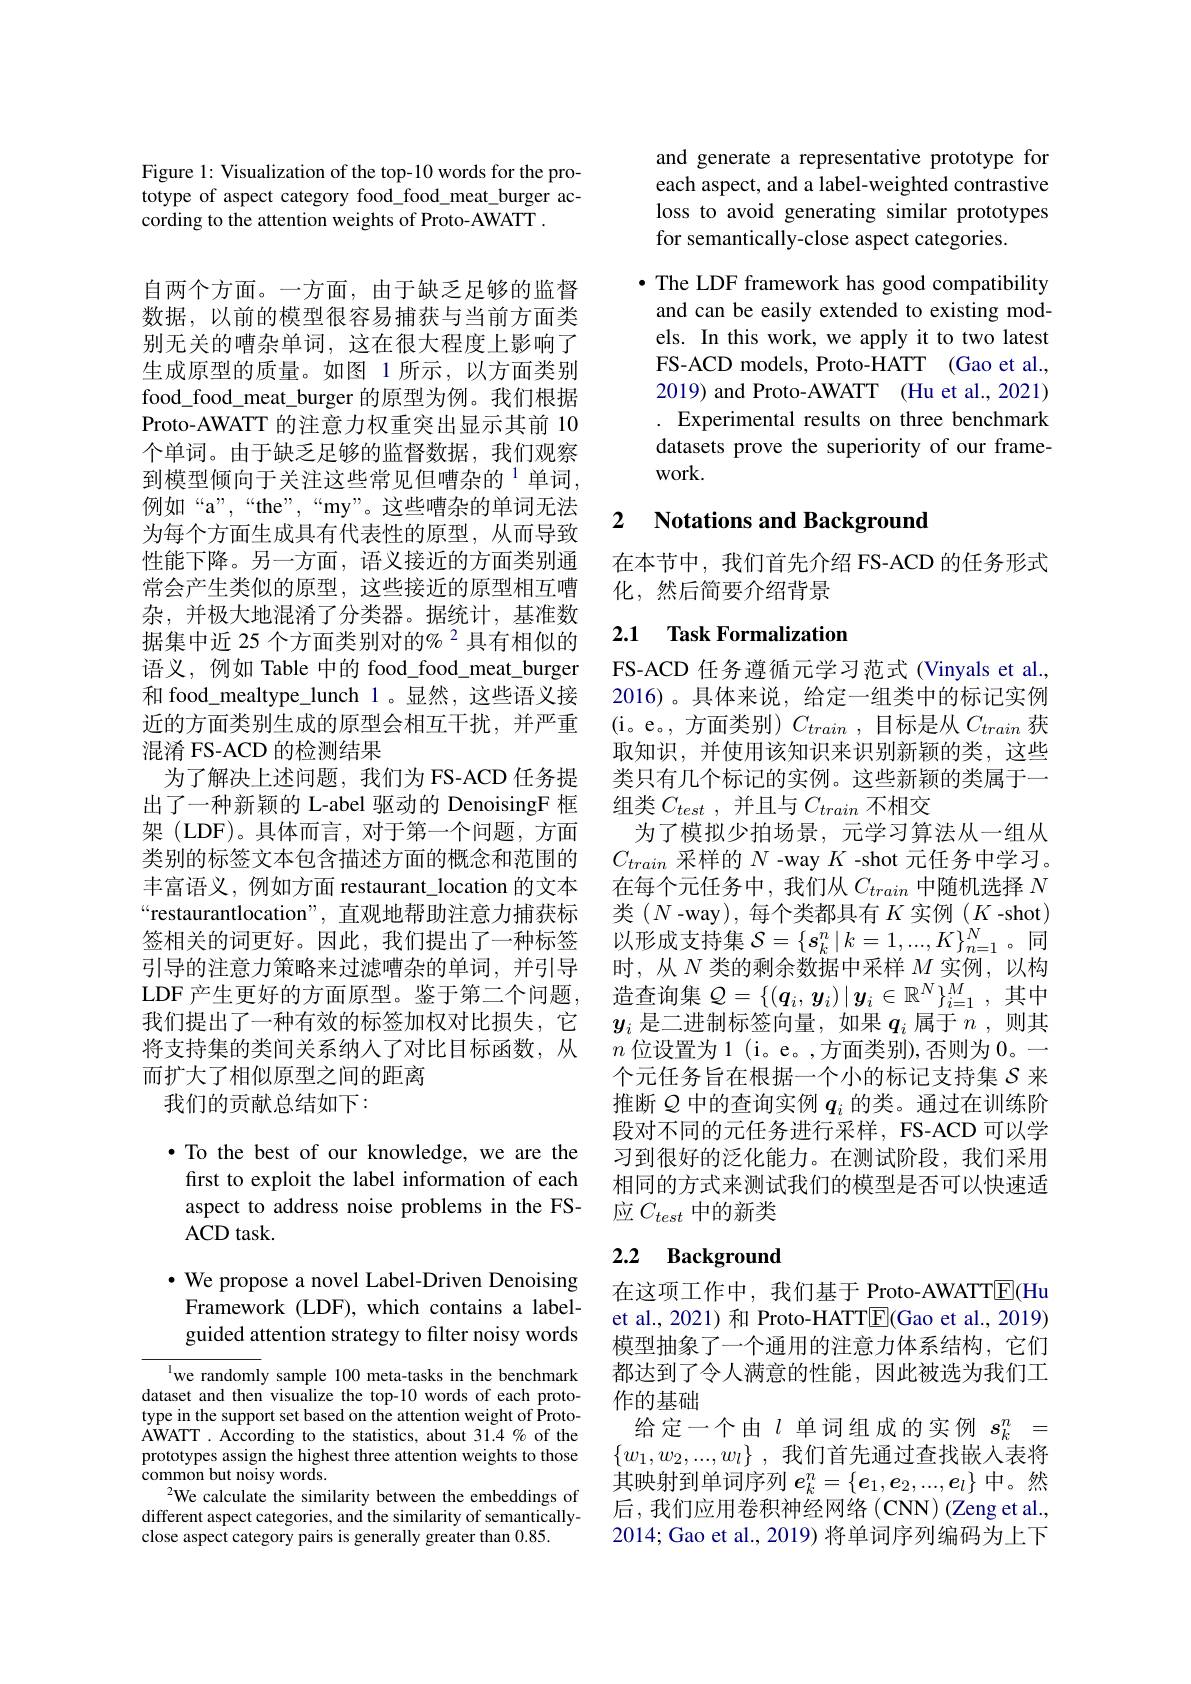
Figure 1: Visualization of the top-10 words for the prototype of aspect category food\_food\_meat\_burger according to the attention weights of Proto-AWATT .

自两个方面。一方面，由于缺乏足够的监督数据，以前的模型很容易捕获与当前方面类别无关的嘈杂单词，这在很大程度上影响了生成原型的质量。如图 1 所示，以方面类别food\_food\_meat\_burger 的原型为例。我们根据Proto-AWATT 的注意力权重突出显示其前 10个单词。由于缺乏足够的监督数据，我们观察到模型倾向于关注这些常见但嘈杂的$^{1}$单词， 例如“a”,“the”,“my”。这些嘈杂的单词无法为每个方面生成具有代表性的原型，从而导致性能下降。另一方面，语义接近的方面类别通常会产生类似的原型，这些接近的原型相互嘈杂，并极大地混淆了分类器。据统计，基准数据集中近 25 个方面类别对的% 2 具有相似的语义，例如 Table 中的 food\_food\_meat\_burger 和 food\_mealtype\_lunch\_1。显然，这些语义接近的方面类别生成的原型会相互干扰，并严重混淆 FS-ACD 的检测结果
为了解决上述问题，我们为 FS-ACD 任务提出了一种新颖的 L-abel 驱动的 DenoisingF 框架 (LDF)。具体而言，对于第一个问题，方面类别的标签文本包含描述方面的概念和范围的丰富语义，例如方面 restaurant\_location 的文本“restaurantlocation”, 直观地帮助注意力捕获标签相关的词更好。因此，我们提出了一种标签引导的注意力策略来过滤嘈杂的单词，并引导LDF 产生更好的方面原型。鉴于第二个问题， 我们提出了一种有效的标签加权对比损失，它将支持集的类间关系纳人了对比目标函数，从而扩大了相似原型之间的距离
我们的贡献总结如下：

$\bullet$ To the best of our knowledge, we are the first to exploit the label information of each aspect to address noise problems in the FSACD task.

· We propose a novel Label-Driven Denoising
Framework (LDF), which contains a labelguided attention strategy to filter noisy words

${^{1}\text{we randomly sample 100 meta-tasks in the benchmark}}$ dataset and then visualize the top-10 words of each prototype in the support set based on the attention weight of ProtoAWATT . According to the statistics, about 31.4 % of the prototypes assign the highest three attention weights to those common but noisy words.
$^{2}$We calculate the similarity between the embeddings of different aspect categories, and the similarity of semanticallyclose aspect category pairs is generally greater than 0.85.

and generate a representative prototype for each aspect, and a label-weighted contrastive loss to avoid generating similar prototypes for semantically-close aspect categories.

· The LDF framework has good compatibility
and can be easily extended to existing models. In this work, we apply it to two latest FS-ACD models, Proto-HATT (Gao et al., 2019) and Proto-AWATT (Hu et al., 2021) . Experimental results on three benchmark datasets prove the superiority of our framework.

## 2 $\textbf{Notations and Background}$

在本节中，我们首先介绍 FS-ACD 的任务形式
化，然后简要介绍背景

### 2.1 Task Formalization

FS-ACD 任务遵循元学习范式 (Vinyals et al., 2016)。具体来说，给定一组类中的标记实例(i。e。,方面类别)$C_train$,目标是从$C_train$ 获取知识，并使用该知识来识别新颖的类，这些类只有几个标记的实例。这些新颖的类属于一组类$C_{test}$ ,并且与$C_{train}$不相交
为了模拟少拍场景，元学习算法从一组从$C_{train}$采样的$N$ -way $K$ -shot 元任务中学习。在每个元任务中，我们从$C_train$ 中随机选择 $N$ $\begin{array}{l}\text{类(N-way),每个类都具有}K\text{实例(K-shot)}\\\text{以形成支持集 }\mathcal{S}=\{s_k^n\mid k=1,...,K\}_{n=1}^N\text{。同}\end{array}$ 时，从$N$类的剩余数据中采样$M$ 实例，以构造查询集$\mathcal{Q}=\{(\boldsymbol{q}_i,\boldsymbol{y}_i)\mid\boldsymbol{y}_i\in\mathbb{R}^N\}_{i=1}^M$,其中$y_i$是二进制标签向量，如果$q_i$属于$n$ ,则其$n$位设置为1(i。e。,方面类别),否则为 0。- 个元任务旨在根据一个小的标记支持集$\mathcal{S}$来推断$Q$中的查询实例$q_i$的类。通过在训练阶段对不同的元任务进行采样，FS-ACD 可以学习到很好的泛化能力。在测试阶段，我们采用相同的方式来测试我们的模型是否可以快速适应$C_{test}$中的新类

# 2.2 Background

在这项工作中，我们基于 Proto-AWATT$\boxed{\mathrm{E}}($Hu et al., 2021) 和 Proto-HATT$\boxed{\mathrm{E}}($Gao et al., 2019) 模型抽象了一个通用的注意力体系结构，它们都达到了令人满意的性能，因此被选为我们工作的基础
给定一个由$l$单词组成的实例$s_k^n=$ $\{ w_1, w_2, . . . , w_l\}$ ,我们首先通过查找嵌入表将其映射到单词序列$e_k^n=\left\{\boldsymbol{e}_1,\boldsymbol{e}_2,...,\boldsymbol{e}_l\right\}$中。然后，我们应用卷积神经网络(CNN)(Zeng et al., 2014; Gao et al., 2019) 将单词序列编码为上下